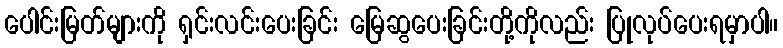
ပေါင်းမြတ်များကို ရှင်းလင်းပေးခြင်း မြေဆွပေးခြင်းတို့ကိုလည်း ပြုလုပ်ပေးရမှာပါ။